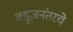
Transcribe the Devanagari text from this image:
वडूजनंतरचे